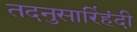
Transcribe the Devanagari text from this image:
तदनुसारिंहंदी